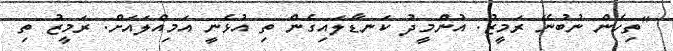
"ތިހެން ނުބުނޭ ރަމީޒު. އުންމީދު ކަނޑާލައިގެން ތި އުޅެނީ އަމިއްލައަށް. ރަމީޒު ތި